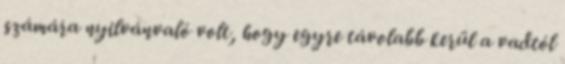
számára nyilvánvaló volt, hogy egyre távolabb kerül a vadtól